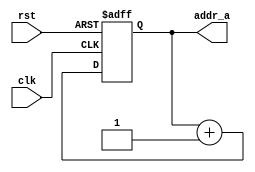
/**************************************

***********************************/

module angle_mem_controller
(
input clk,
input rst,
output [13:0] addr_a
);


// Quartus Prime Verilog Template
// Binary counter

reg [11:0] count;

reg send_a;
reg [13:0] addr;
	// rst if needed, or increment if counting is enabled
/*	
always @ (posedge clk or posedge rst)
begin
	if (rst) begin
		count <= 0;
		send_a<= 0;
	end
	else if (count == 12'h1F4) begin
		count <= 0;
		send_a <= 1; // signal to send one bond term
	end
	else if (count != 12'h1F4) begin
		count <= count + 1;
		send_a <= 0;
	end
end
*/
always @ (posedge rst or posedge clk)//send_a) 
begin
	if (rst) begin
		addr <= 14'b0;
	end
	//else if (send_a) begin
	else begin	
		addr <= addr + 1'b1;
	end 
end 

assign addr_a = addr;

endmodule